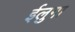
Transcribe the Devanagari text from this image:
ईलुगा